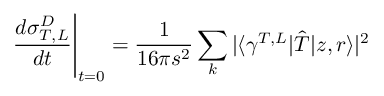
\left. \frac { d \sigma _ { T , L } ^ { D } } { d t } \right| _ { t = 0 } = \frac { 1 } { 1 6 \pi s ^ { 2 } } \sum _ { k } | \langle \gamma ^ { T , L } | \hat { T } | z , r \rangle | ^ { 2 }